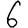
Digit: 6